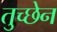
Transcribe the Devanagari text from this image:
तुच्छेन